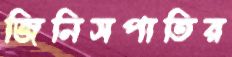
জিনিসপাতির